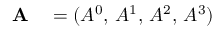
\begin{array} { r l } { \mathbf { A } } & { { } = ( A ^ { 0 } , \, A ^ { 1 } , \, A ^ { 2 } , \, A ^ { 3 } ) } \end{array}